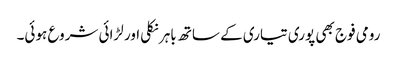
رومی فوج بھی پوری تیاری کے ساتھ باہرنکلی اور لڑائی شروع ہوئی۔